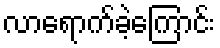
လာရောက်ခဲ့ကြောင်း